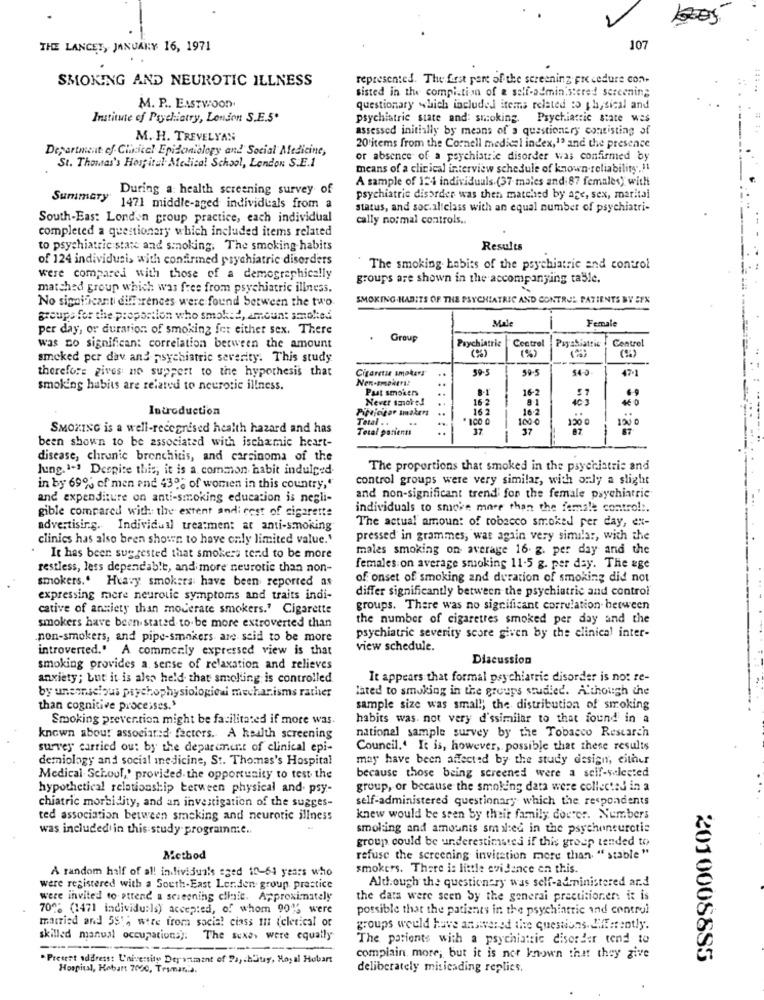
THE LANCET, JANUARY 16, 1971
107
SMOKING AND NEUROTIC ILLNESS
represented. The first part of the screening Fre cedure con-
sisted in the compistion of a self-administered screening
M. P .. EASTWOOD.
questionary which included items related :5 th, sical and
Institute of Psychiatry, London S.E.S.
psychiatric state and: smoking.
Psychiatric state was
assessed initially by means of a questionary consisting of
M. H. TREVELYAN
Department of Clinical Epidemiology and Social Medicine,
20'items from the Cornell medical index,1ª and the presence
or absence of a psychiatric disorder was confirmed by
St. Thomas's Hospital Medical School, London S.E.1
means of a clinical interview schedule of known reliability.11
A sample of 124 individuals (37 males and 87 females) with
During a: health screening survey of
psychiatric disorder was then matched by age, sex, marital
Summary 1471 middle-aged individuals from a
status, and soc.al class with an equal number of psychiatri-
South-Eas: London group practice, each individual
cally no:mal controls ..
completed a questionary which included items related
to psychiatric stare and smoking. The smoking habits
Results
of 124 individusi, with confirmed psychiatric disorders
The smoking habits of the psychiatric and control
were compared with those of a demographically
groups are shown in the accompanying table.
matched group which was free from psychiatric illness.
No significant differences were found between the two
SMOKING HABITS OF THE PSYCHIATRIC AND CONTROL PATIENTS BY EYX
groups for the proportion who smoked, amount smoked
Male
Female
per day, or duration of smoking fet either sex. There
.
Group
Psychiatrie
Control
Payssiattie
Centrel
was co significan: correlation between the amount
(%)
smoked per dav and psychiatric severity. This study
(%)
therefore gives ne suppert to the hypothesis that
Cigaretis smokers
59-5
59-5
54-0
47-1
smoking habits are related to neurotic illness.
Pust smokers
16-2
Never smoke!
16 2
81
40 3
Introduction
Pipvicifor smakers
16 2
16-2
Tetal ..
" ICO 0
100 0
120 0
IN0
SMOKING is a well-recognised health hazard and has
Total parient
37
37
87
been shown to be associated with ischemic heart-
disease, chronic bronchitis, and carcinoma of the
Jung. 1-3 Despite this, it is a common habit indulged
The proportions that smoked in the psychiatric and
control groups were very similar, with only a slight
in by 69% of men and 430; of women in this country,"
and expenditure on anti-smoking education is negli-
and non-significant trend for the female psychiatric
gible compared with: the extent andi rest of cigarette
individuals to smoke more than the female control :.
The actual amount of tobacco smoked per day, ex-
advertising. Individual treatment at anti-smoking
clinics has also been shown to have only limited value.'
pressed in grammes, was again very similar, with the
males smoking on average 16. g. per day and the
It has been suggested that smokers tend to be more
restless, lets dependable, and more neurotic than non-
females on average smoking 11-5 g. per day. The age
smokers .. Heavy smokers have been reported as
of onset of smoking and duration of smoking did not
differ significantly between the psychiatric and control
expressing more neurotic symptoms and traits indi-
cative of anxiety than moderate smokers.' Cigarette
groups. There was no significant correlation between
smokers have been stated to be more extroverted than
the number of cigarettes smoked per day and the
non-smokers, and pipe-smokers are stid to be more
psychiatric severity score given by the clinical inter-
introverted." A commerly expressed view is that
view schedule.
Discussion
smoking provides a sense of relaxation and relieves
anxiety; but it is also held that smelling is controlled
It appears that formal psychiatric disorder is not re-
by unconscious psychophysiologieai mechanisms rather
lated to smoking in the groups studied. A'though the
than cognitive processes.'
sample size was small; the distribution of smoking
Smoking prevention might be facilitated if more was.
habits was. not very d'ssimilar to that found in a
national sample survey by the Tobacco Research
known about associated factors. A health screening
survey carried out by the department of clinical epi-
Council .. It is, however, possible that these results
demiology and social inedicine, St. Thomas's Hospital
may have been affected by the study design, either
Medical School,' provided. the opportunity to test the
because those being screened were a self-selected
hypothetical relationship between physical and. psy-
group, or because the smoking data were collected in a
chiatric morbidity, and an investigation of the sugges-
self-administered questionary which the respondents
ted association between smoking and neurotic illness
knew would be seen by their family doctor. Numbers
was included in this study programme ..
smoking and amounts smal:ed in the psychoneurctis
group could be underestimated if this greep tended to
Method
refuse the screening invitation more than. "stable"
A random half of all individuals eged 10-64 years who
smokers. There is little evidence en this.
were registered with a South-East Lerden group. practice
Although the questiontry was self-administered ard
were invited to attend a screening clinic. Approximately
the data were seen Sy the general practitioners it is
70% (1471 individuals) accepted, of whom 90% were
possible that the patients in the psychiatric and control
married and 551% were from socia! ciass In (eletical or
groups would have answered the questions. differently.
skilled manual occupations).
The sexe, were equally
The patients with a psychiatric disorder tend to
-
"Pretest address: University Department of Parchitay, Royal Hobart
complain more, but it is not known that they give
20100088S5
Hospital, Hobart 7000, Tryman ....
deliberately misicading replies.